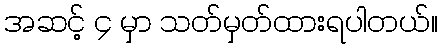
အဆင့် ၄ မှာ သတ်မှတ်ထားရပါတယ်။